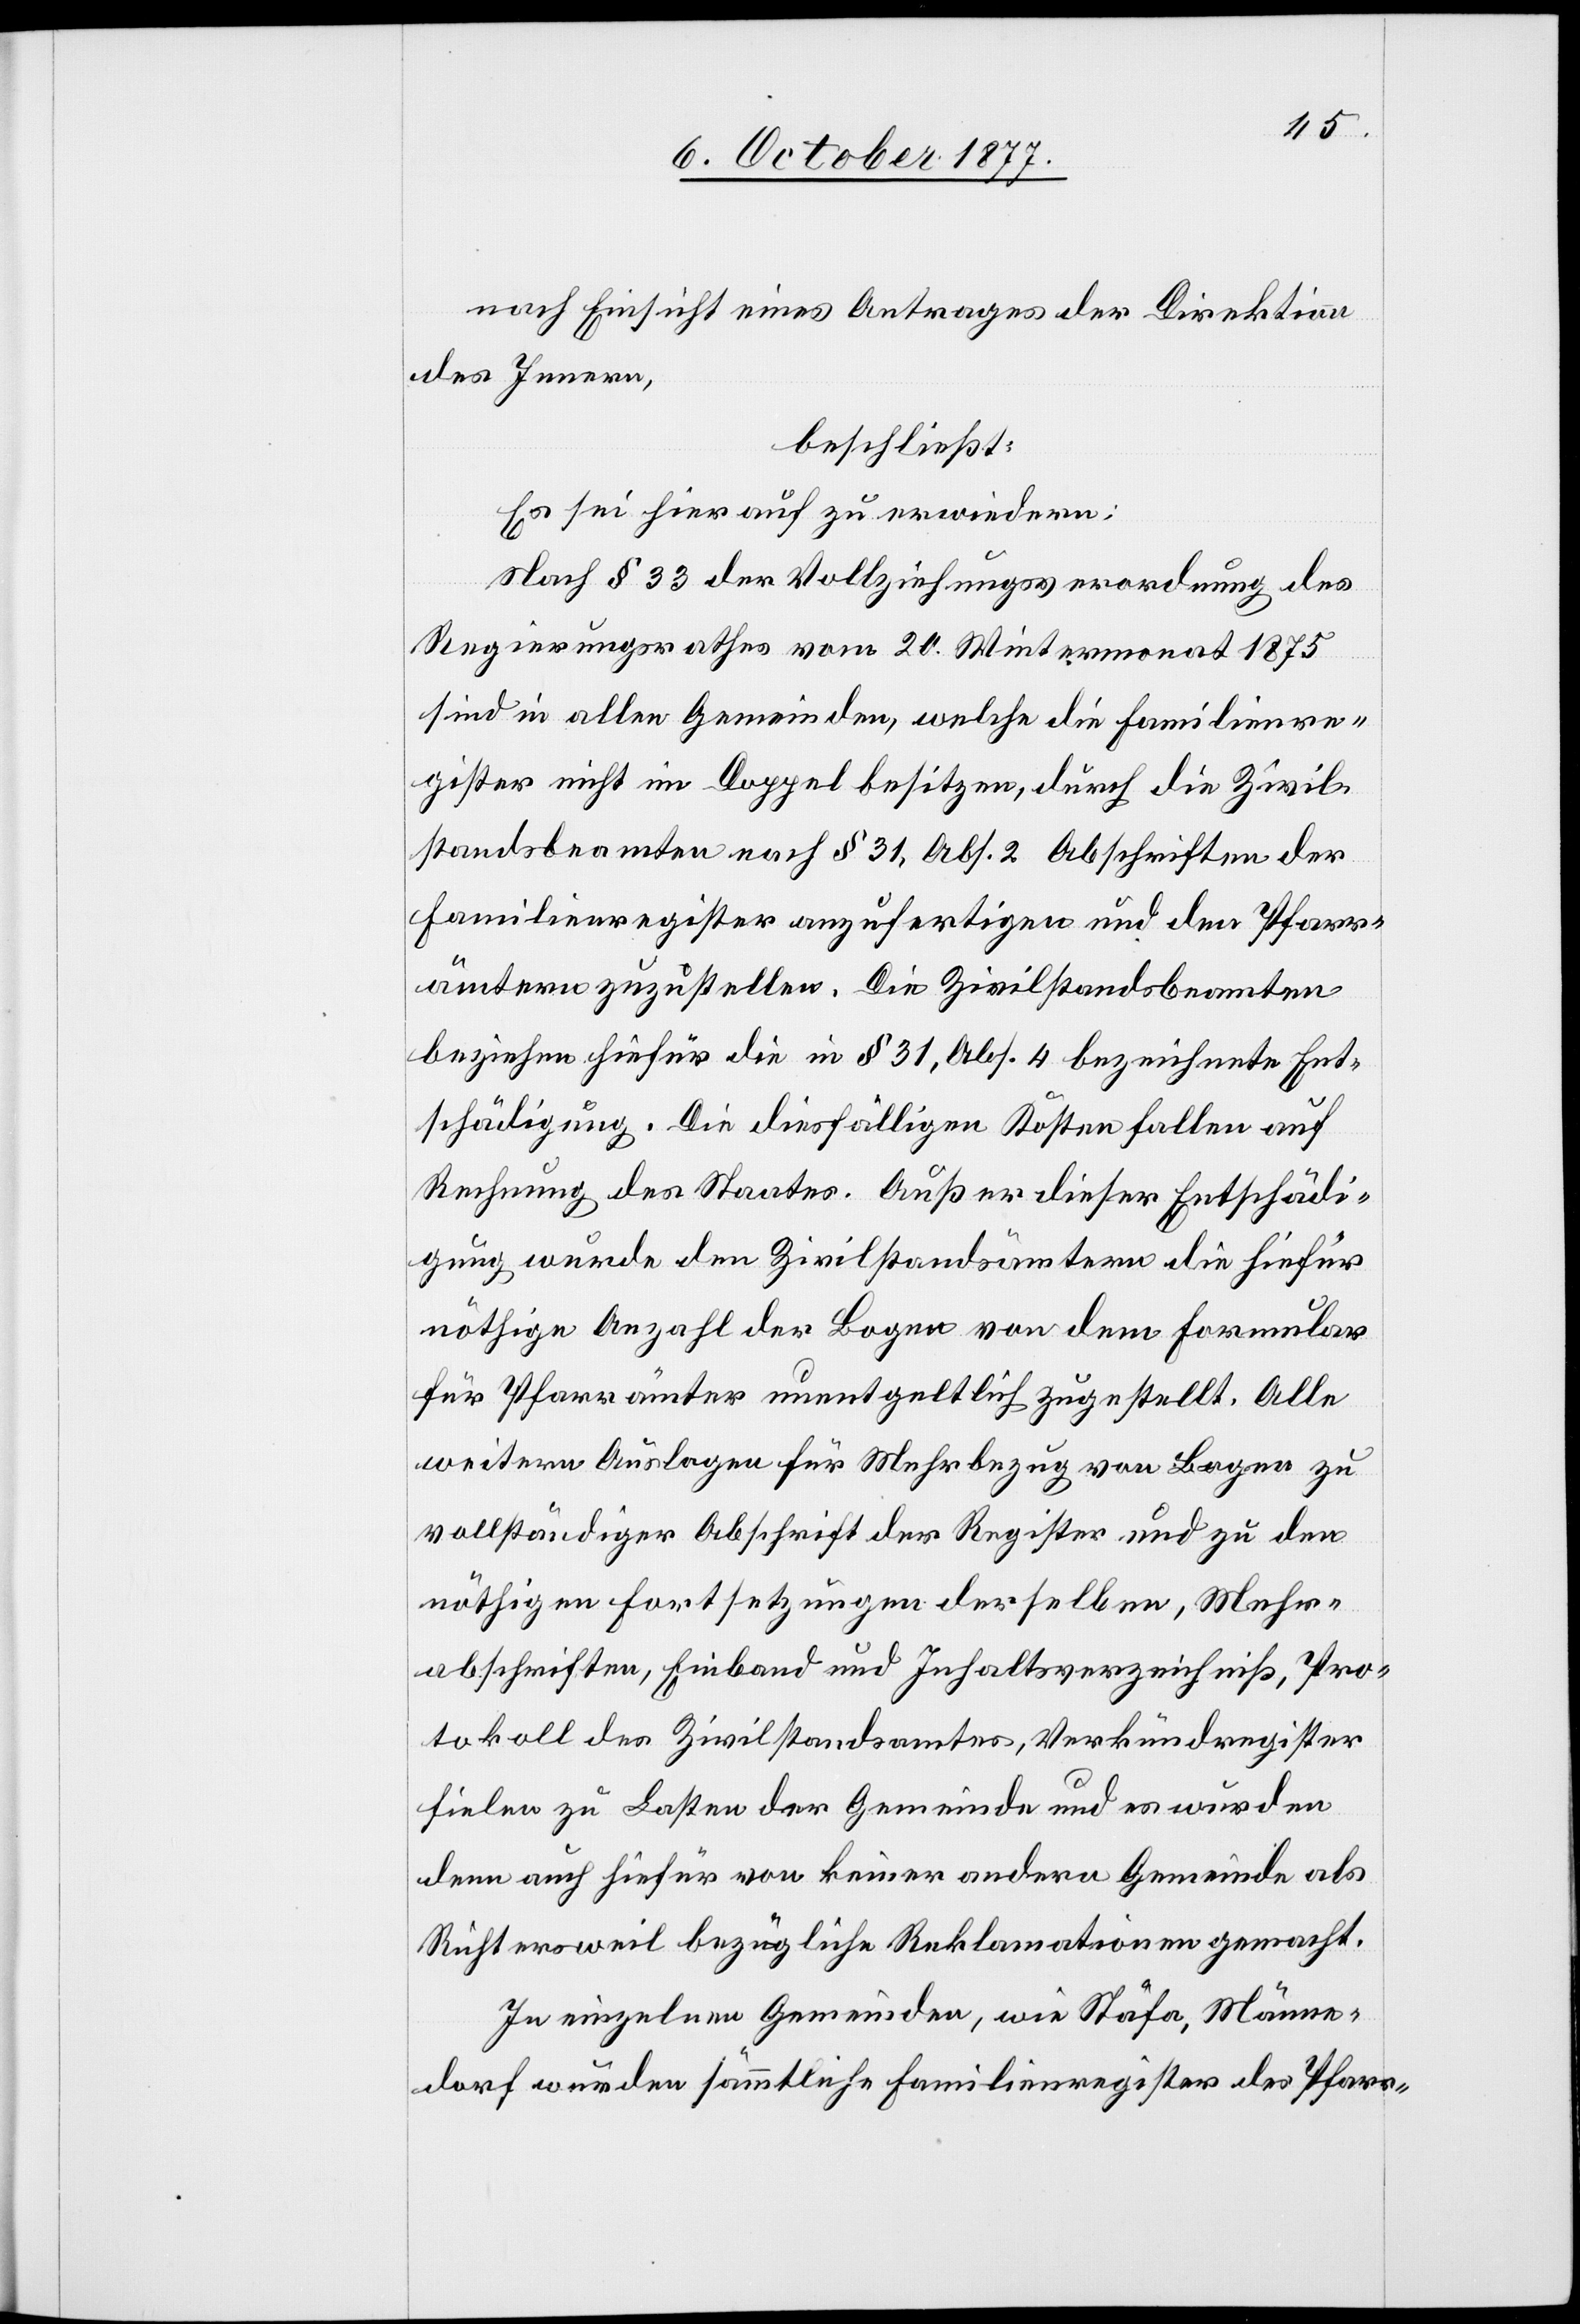
nach Einsicht eines Antrages der Direktion
des Innern,
beschließt:
Es sei hierauf zu erwiedern:
Nach § 33 der Vollziehungsverordnung des
Regierungsrathes vom 20. Wintermonat 1875
sind in allen Gemeinden, welche die Familienre¬
gister nicht im Doppel besitzen, durch die Zivil¬
standsbeamten nach § 31, Abs. 2 Abschriften der
Familienregister anzufertigen und den Pfarr¬
ämtern zuzustellen. Die Zivilstandsbeamten
beziehen hiefür die in § 31, Abs. 4 bezeichnete Ent¬
schädigung. Die diesfälligen Kosten fallen auf
Rechnung des Staates. Außer dieser Entschädi¬
gung wurde den Zivilstandsämtern die hiefür
nöthige Anzahl der Bogen von dem Formular
für Pfarrämter unentgeltlich zugestellt. Alle
weitern Auslagen für Mehrbezug von Bogen zu
vollständiger Abschrift der Register und zu den
nöthigen Fortsetzungen derselben, Mehr¬
abschriften, Einband und Inhaltsverzeichniß, Pro¬
tokoll des Zivilstandsamtes, Verkündregister
fielen zu Lasten der Gemeinde und es wurden
denn auch hiefür von keiner andern Gemeinde als
Richtersweil bezügliche Reklamationen gemacht.
In einzelnen Gemeinden, wie Stäfa, Männe¬
dorf wurden sämmtliche Familienregister des Pfarr-